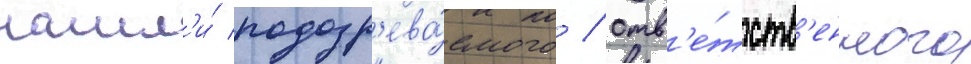
нашл'и́ подозр'ева́емого / отв'е́тств'енного